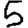
Digit: 5